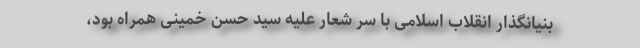
بنیانگذار انقلاب اسلامی با سر شعار علیه سید حسن خمینی همراه بود،